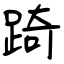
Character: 踦